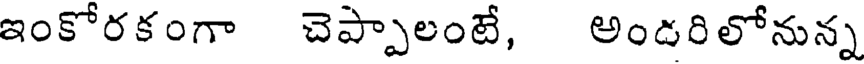
ఇంకోరకంగా చెప్పాలంటే, అండరిలోనున్న